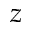
z